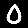
Digit: 0